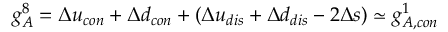
g _ { A } ^ { 8 } = \Delta u _ { c o n } + \Delta d _ { c o n } + ( \Delta u _ { d i s } + \Delta d _ { d i s } - 2 \Delta s ) \simeq g _ { A , c o n } ^ { 1 }